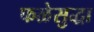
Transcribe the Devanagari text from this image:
फळेसुद्धा